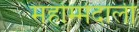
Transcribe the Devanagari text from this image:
महोम्मेदाली